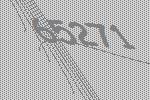
65271